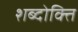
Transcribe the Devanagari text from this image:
शब्दोक्ति